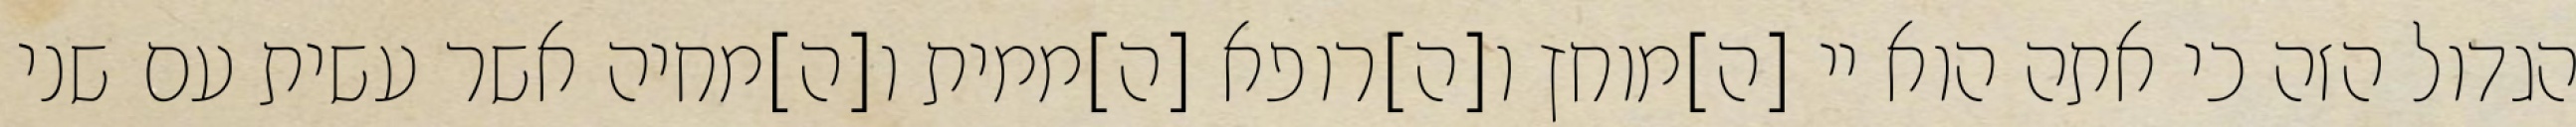
הגדול הזה כי אתה הוא יי [ה]מוחץ ו[ה]רופא [ה]ממית ו[ה]מחיה אשר עשית עם שני